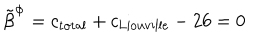
{ \tilde { \beta } } ^ { \Phi } = c _ { \mathrm { t o t a l } } + c _ { \mathrm { L i o u v i l l e } } - 2 6 = 0